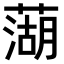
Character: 𫉣